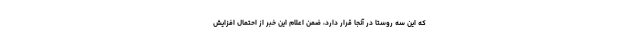
که این سه روستا در آنجا قرار دارد، ضمن اعلام این خبر از احتمال افزایش